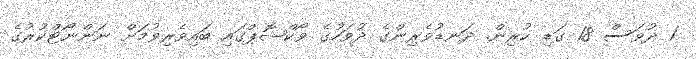
1 ދުވަސް 18 ގަޑި ކުރިން. ދަނޑުވެރިންގެ ދުވަހުގެ ވޯކްޝޮޕްގައި ބައިވެރިވުމަށް ނަންނޯޓްކުރުުގެ